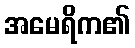
အမေရိက၏